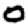
Digit: 0